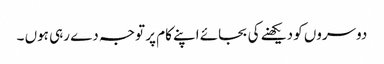
دوسروں کو دیکھنے کی بجائے اپنے کام پر توجہ دے رہی ہوں ۔